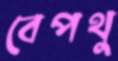
বেপথু